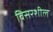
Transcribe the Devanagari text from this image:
विसरशील